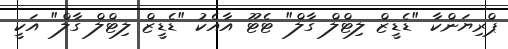
ޕްރިޔަންކާ "ޑެޑީޒް ލިޓްލް ގާލް" ޓެޓޫ އާއެކު "ޑެޑީޒް ލިޓްލް ގާލް" އަކީ